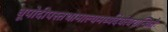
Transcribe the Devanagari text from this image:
धूपोदीपस्तथामाल्यमर्घ्यंदेयंत्वरान्वितैः